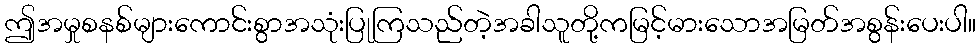
ဤအမှုစနစ်များကောင်းစွာအသုံးပြုကြသည်တဲ့အခါသူတို့ကမြင့်မားသောအမြတ်အစွန်းပေးပါ။